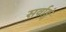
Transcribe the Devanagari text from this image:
सर्वाङ्गं